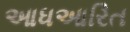
આધઆરિત